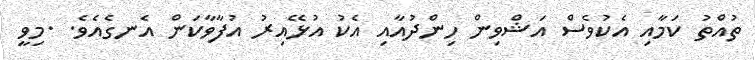
ތުއްތު ކަމާއި އެކުވެސް އަޝްވިން ހިންދުއާއި އެކު އުޅޭއިރު އުފާވާކަން އެނގެއެވެ. .މިވީ